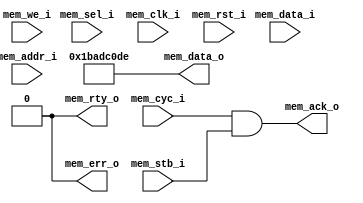



module soc_mem_bank_1(
	                      input   [31:0]  mem_data_i,
	                      output  [31:0]  mem_data_o,
	                      input   [31:0]  mem_addr_i,
	                      input   [3:0]   mem_sel_i,
	                      input           mem_we_i,
	                      input           mem_cyc_i,
	                      input           mem_stb_i,
	                      output          mem_ack_o,
	                      output          mem_err_o,
	                      output          mem_rty_o,
	      
	                      input           mem_clk_i, 
	                      input           mem_rst_i
	                    );
                     
                           
  //---------------------------------------------------
  // outputs
  assign mem_data_o = 32'h1bad_c0de;
  assign mem_ack_o = mem_cyc_i & mem_stb_i;
  assign mem_err_o = 1'b0;
  assign mem_rty_o = 1'b0;

endmodule